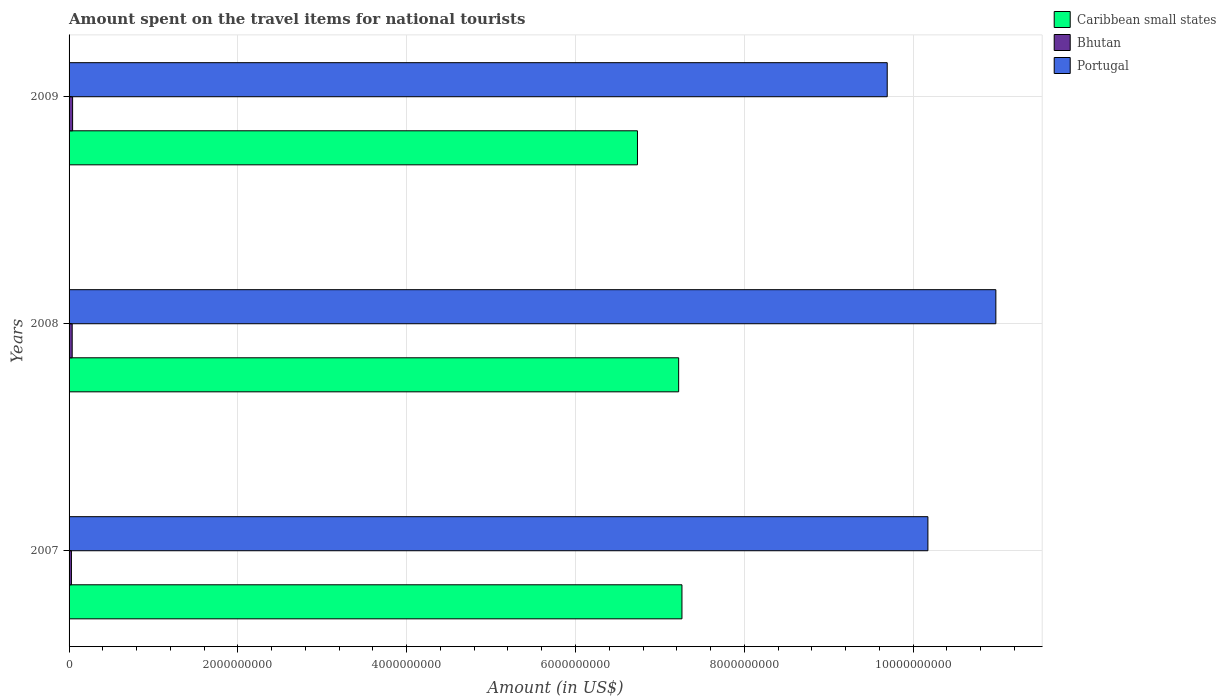
| Years | Caribbean small states | Bhutan | Portugal |
 | --- | --- | --- | --- |
 | 2007 | 7.26e+09 | 2.8e+07 | 1.02e+10 |
 | 2008 | 7.22e+09 | 3.7e+07 | 1.1e+10 |
 | 2009 | 6.73e+09 | 4.2e+07 | 9.69e+09 |